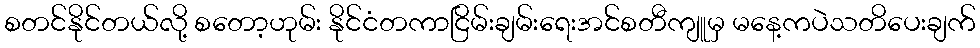
စတင်နိုင်တယ်လို့ စတော့ဟုမ်း နိုင်ငံတကာငြိမ်းချမ်းရေးအင်စတီကျူမှ မနေ့ကပဲသတိပေးချက်